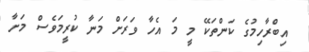
އިބްރާހިމުގެ ކަންތަކޭ މީ މަ އެހާ ވަރަށް މަނާ ކުރީމަވެސް މަށާ